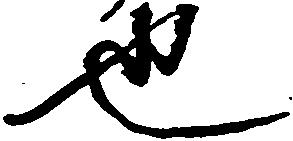
也